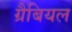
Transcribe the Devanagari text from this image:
ग्रैबियल